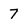
Character: 7